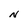
Character: N